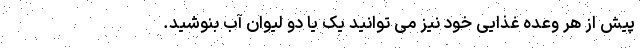
پیش از هر وعده غذایی خود نیز می توانید یک یا دو لیوان آب بنوشید.